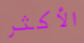
الأكثر